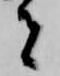
者